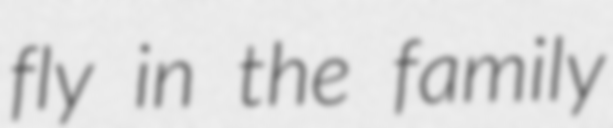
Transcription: fly in the family